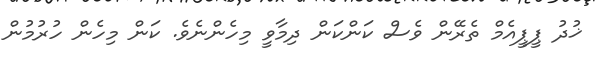
ޚުދު ޕީޕީއެމް ތެރޭން ވެސް ކަންކަން ދިމާވީ މިހެންނެވެ. ކަން މިހެން ހުރުމުން